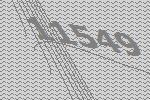
11549